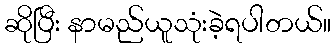
ဆိုပြီး နာမည်ယူသုံးခဲ့ရပါတယ်။